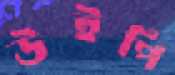
উইপি